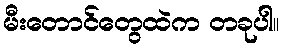
မီးတောင်တွေထဲက တခုပါ။